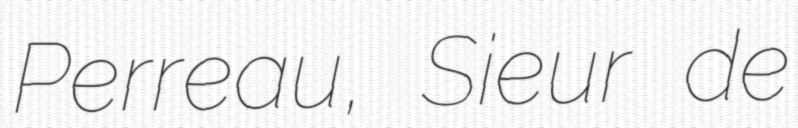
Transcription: Perreau, Sieur de